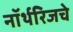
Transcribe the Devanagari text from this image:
नॉर्थरिजचे